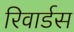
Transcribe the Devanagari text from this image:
रिवार्डस